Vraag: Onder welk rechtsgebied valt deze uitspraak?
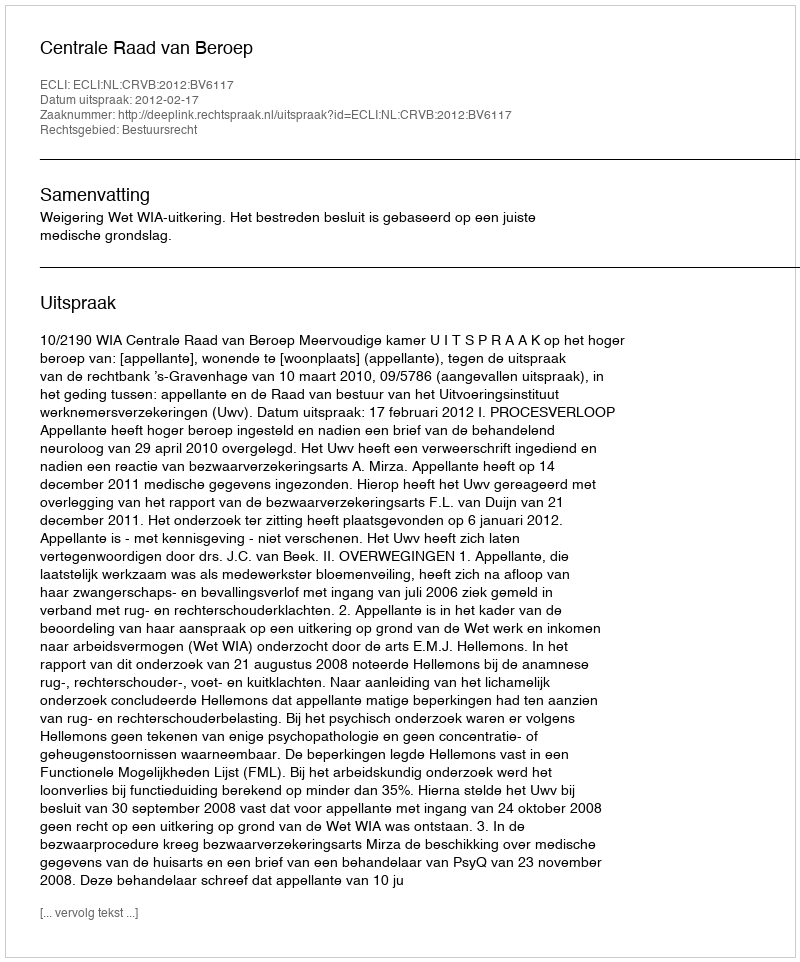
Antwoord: Bestuursrecht